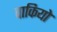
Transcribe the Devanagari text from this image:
वाकियो